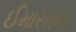
ઈમારતના